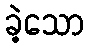
ခဲ့သော